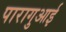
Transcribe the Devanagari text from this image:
पारागुआई